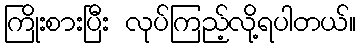
ကြိုးစားပြီး လုပ်ကြည့်လို့ရပါတယ်။